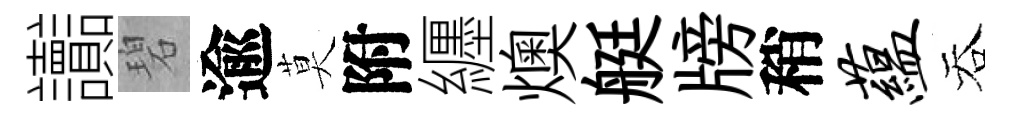
讟碧逾莫附纒燠艇牓稍蕴吞